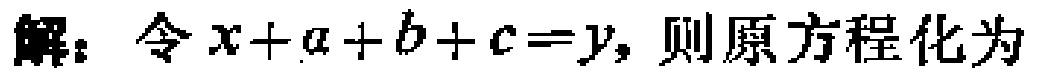
解：令\(x + a + b + c = y\)，则原方程化为